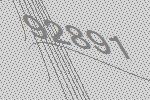
92891